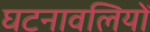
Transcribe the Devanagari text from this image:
घटनावलियों